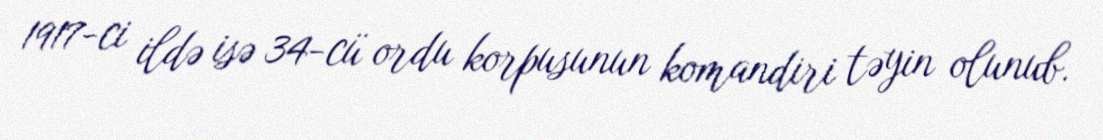
1917-ci ildə isə 34-cü ordu korpusunun komandiri təyin olunub.